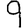
Digit: 9